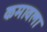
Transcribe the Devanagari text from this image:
कमावला